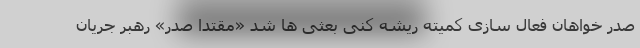
صدر خواهان فعال سازی کمیته ریشه کنی بعثی ها شد «مقتدا صدر» رهبر جریان